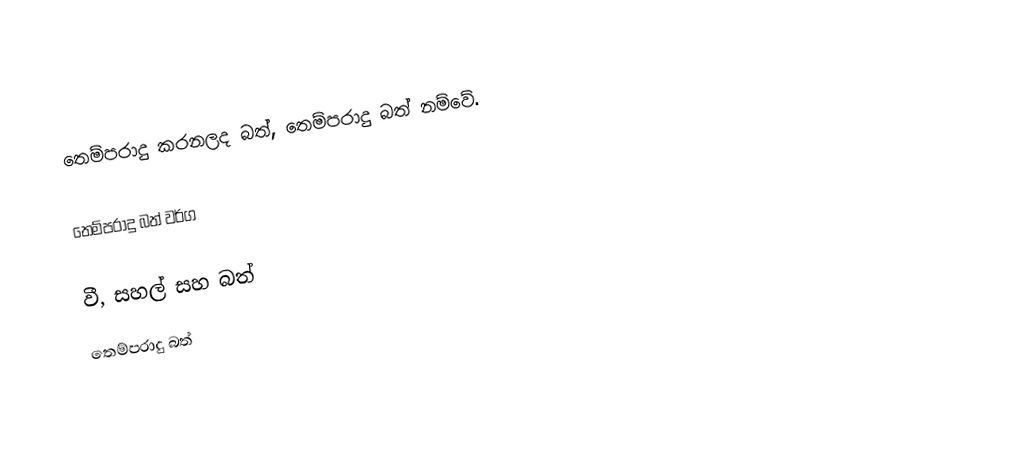
තෙම්පරාදු කරනලද බත්,  තෙම්පරාදු බත් නම්වේ.

තෙම්පරාදු බත් වර්ග

වී, සහල් සහ බත්
තෙම්පරාදු බත්